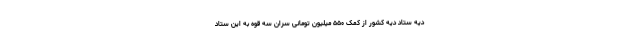
دیه ستاد دیه کشور از کمک ۵۵۰ میلیون تومانی سران سه قوه به این ستاد